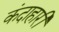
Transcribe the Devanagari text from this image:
कंदाहारी